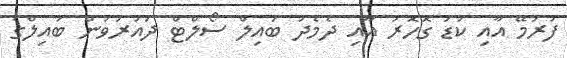
ފުރަމޭ އާއި ކުޑަ ގޮހޮރު އާއި ދެމެދު ބައިލް ސޯލްޓް ދައުރުވުން ބައިލްގެ